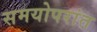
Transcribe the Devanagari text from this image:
समयोपरांत